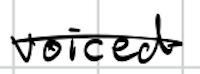
Text: voiced
Cross-out: mix
Writing tool: digital_black